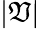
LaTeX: |\mathfrak{V}|